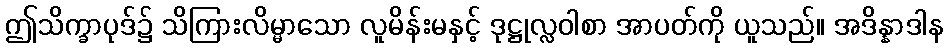
ဤသိက္ခာပုဒ်၌ သိကြားလိမ္မာသော လူမိန်းမနှင့် ဒုဋ္ဌုလ္လဝါစာ အာပတ်ကို ယူသည်။ အဒိန္နာဒါန